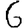
Digit: 6